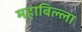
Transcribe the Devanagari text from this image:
महाबिल्ला